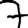
Digit: 7